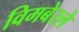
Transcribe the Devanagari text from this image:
विमबेरले